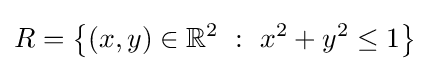
R=\left\{(x,y)\in \mathbb {R} ^{2}\ :\ x^{2}+y^{2}\leq 1\right\}